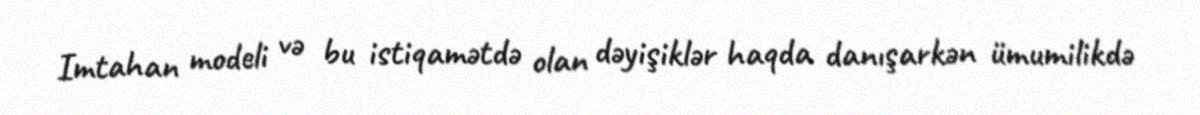
Imtahan modeli və bu istiqamətdə olan dəyişiklər haqda danışarkən ümumilikdə